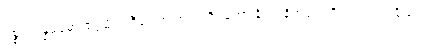
ပစ္စယုပ္ပန္နဓမ္မော ဇဂ္ဂါမိ ဟရီတကာ အသင်္ကရတော နိယျာနိကဒုကံ ဝိဝါဒဝတ္ထုသင်္ခါတေ